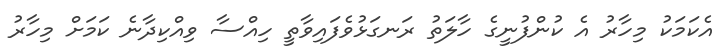
އެކަމަކު މިހާރު އެ ކުންފުނީގެ ހާލަތު ރަނގަޅުވެފައިވާތީ ހިއްސާ ވިއްކިދާނެ ކަމަށް މިހާރު